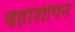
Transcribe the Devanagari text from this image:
बेहोशीपन